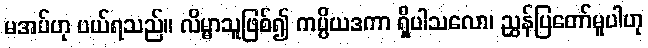
မအပ်ဟု ပယ်ရသည်။ လိမ္မာသူဖြစ်၍ ကပ္ပိယဒကာ ရှိပါသလော၊ ညွှန်ပြတော်မူပါဟု